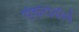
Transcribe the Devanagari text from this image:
संकटाकीर्ण